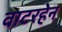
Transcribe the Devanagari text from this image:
वाटरहेन